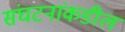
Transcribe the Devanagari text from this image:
संघटनांकडील